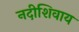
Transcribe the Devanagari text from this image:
नदीशिवाय